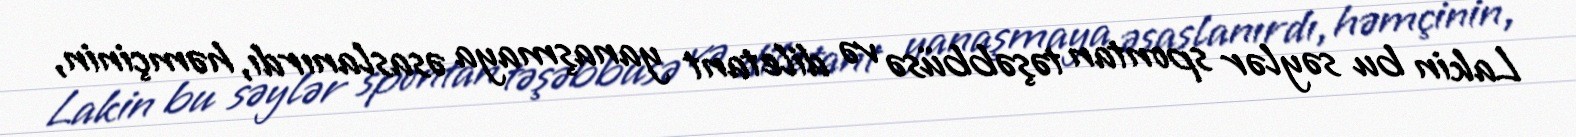
Lakin bu səylər spontan təşəbbüsə və diletant yanaşmaya əsaslanırdı, həmçinin,